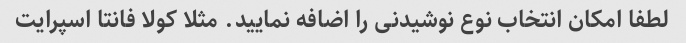
لطفا امکان انتخاب نوع نوشیدنی را اضافه نمایید. مثلا کولا فانتا اسپرایت